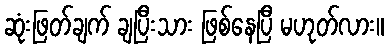
ဆုံးဖြတ်ချက် ချပြီးသား ဖြစ်နေပြီ မဟုတ်လား။